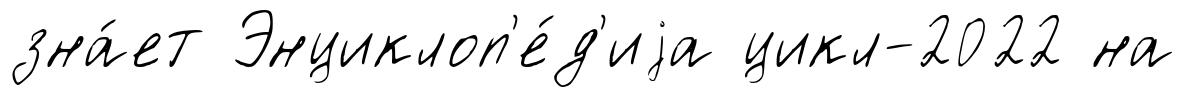
зна́ет Энциклоп'е́д'иjа цикл-2022 на